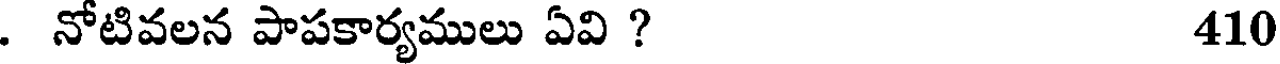
. నోటివలన పాపకార్యములు ఏవి ? 410